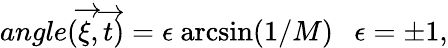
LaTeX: angle(\overrightarrow{\xi},\overrightarrow{t})=\epsilon~\textrm{arcsin}(1/M)~~~\epsilon=\pm 1,